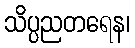
သိပ္ပညတရေန၊